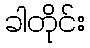
ခါတိုင်း